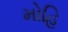
મોહિ